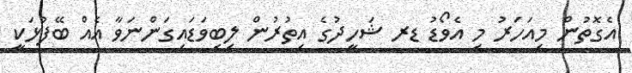
އެގޮތުން މިއަހަރު މި އެވޯޑު ޑރ ޝަހީދުގެ އިތުރުން ލިބިވަޑައިގަންނަވާ އެއް ބޭފުޅަކީ